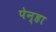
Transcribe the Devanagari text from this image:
पेन्हा